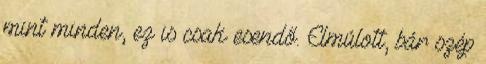
mint minden, ez is csak esendő. Elmúlott, bár szép